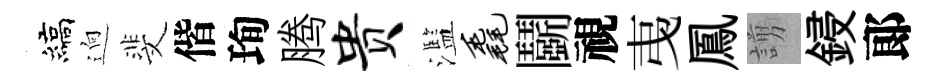
縞逈斐偕珣腾贵濫毳鬬視𢎯鳳謭鋟郞